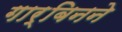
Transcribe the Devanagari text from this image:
गार्बिनने